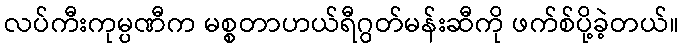
လပ်ကီးကုမ္ပဏီက မစ္စတာဟယ်ရီဂွတ်မန်းဆီကို ဖက်စ်ပို့ခဲ့တယ်။